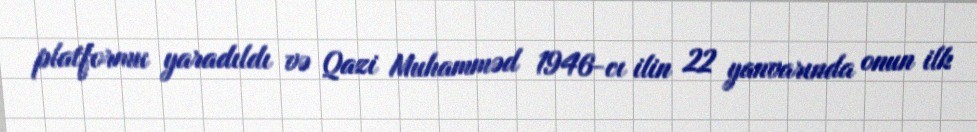
platformu yaradıldı və Qazi Muhamməd 1946-cı ilin 22 yanvarında onun ilk